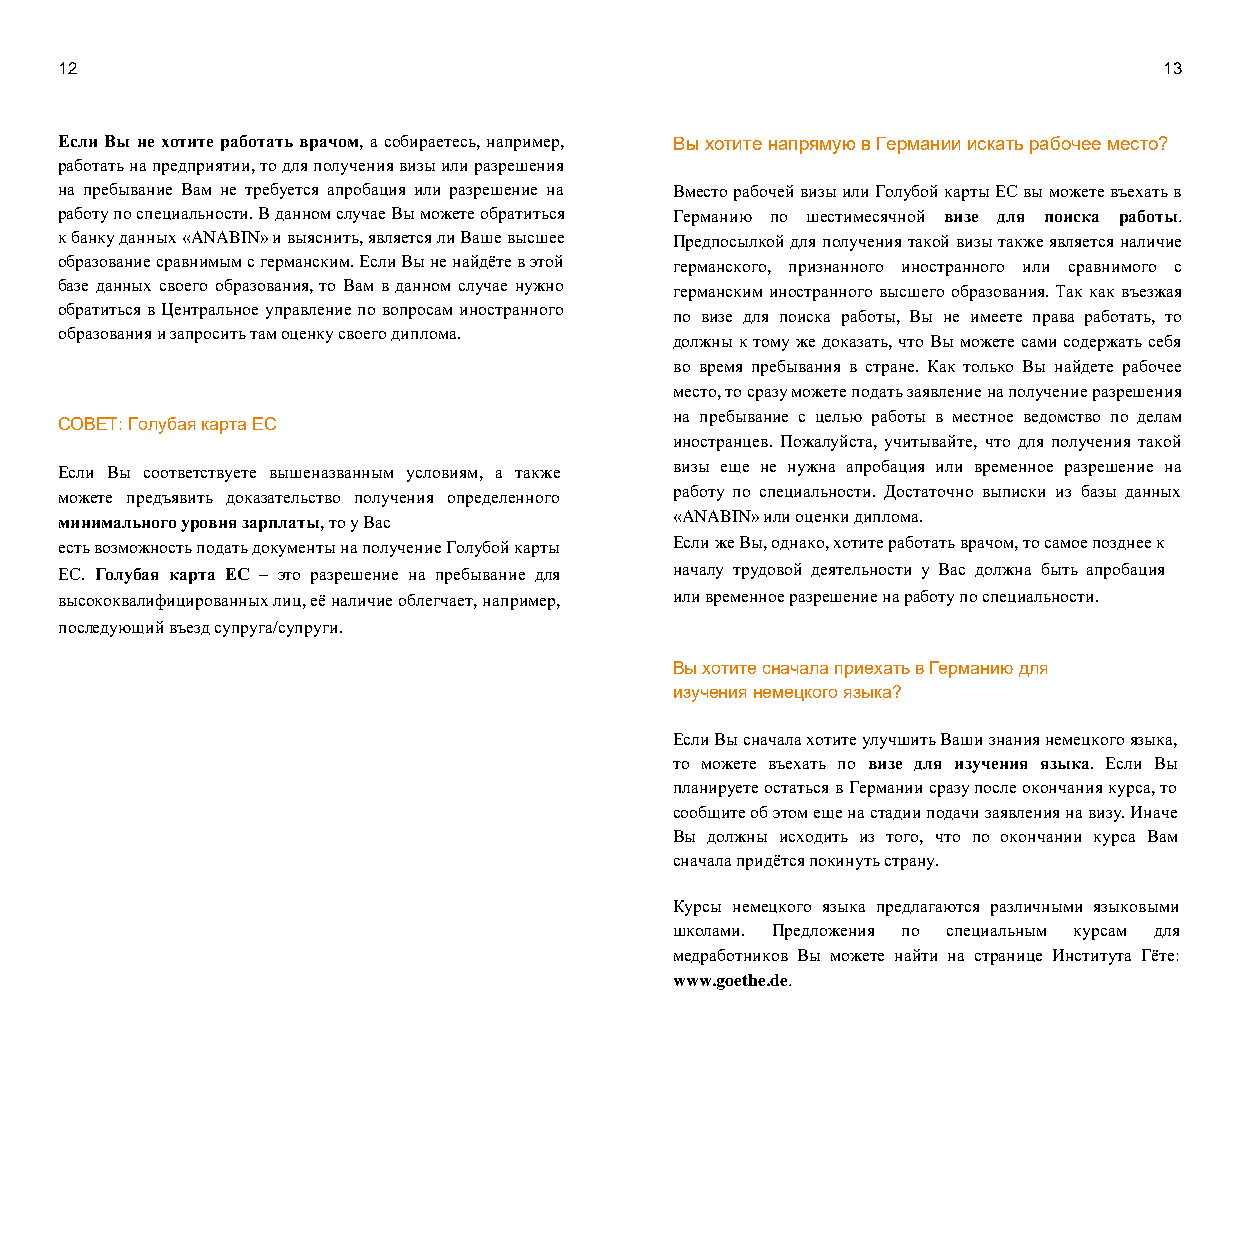
12                                                                       13
 Если Вы не хотите работать врачом, а собираетесь, например, Вы хотите напрямую в Германии искать рабочее место?
 работать на предприятии, то для получения визы или разрешения
 на пребывание Вам не требуется апробация или разрешение на Вместо рабочей визы или Голубой карты ЕС вы можете въехать в
 работу по специальности. В данном случае Вы можете обратиться Германию по шестимесячной визе для поиска работы.
 к банку данных «ANABIN» и выяснить, является ли Ваше высшее Предпосылкой для получения такой визы также является наличие
 образование сравнимым с германским. Если Вы не найдёте в этой германского, признанного иностранного или сравнимого с
 базе данных своего образования, то Вам в данном случае нужно германским иностранного высшего образования. Так как въезжая
 обратиться в Центральное управление по вопросам иностранного
 по визе для поиска работы, Вы не имеете права работать, то
 образования и запросить там оценку своего диплома.
 должны к тому же доказать, что Вы можете сами содержать себя
 во время пребывания в стране. Как только Вы найдете рабочее
 место, то сразу можете подать заявление на получение разрешения
 на пребывание с целью работы в местное ведомство по делам
 СОВЕТ: Голубая карта ЕС
 иностранцев. Пожалуйста, учитывайте, что для получения такой
 Если Вы соответствуете вышеназванным условиям, а также визы еще не нужна апробация или временное разрешение на
 можете предъявить доказательство получения определенного работу по специальности. Достаточно выписки из базы данных
 минимального уровня зарплаты, то у Вас   « ANABIN» или оценки диплома.
 есть возможность подать документы на получение Голубой карты Если же Вы, однако, хотите работать врачом, то самое позднее к
 ЕС. Голубая карта ЕС – это разрешение на пребывание для началу трудовой деятельности у Вас должна быть апробация
 высококвалифицированных лиц, её наличие облегчает, например, или временное разрешение на работу по специальности.
 последующий въезд супруга/супруги.
 Вы хотите сначала приехать в Германию для
 изучения немецкого языка?
 Если Вы сначала хотите улучшить Ваши знания немецкого языка,
 то можете въехать по визе для изучения языка. Если Вы
 планируете остаться в Германии сразу после окончания курса, то
 сообщите об этом еще на стадии подачи заявления на визу. Иначе
 Вы должны исходить из того, что по окончании курса Вам
 сначала придётся покинуть страну.
 Курсы немецкого языка предлагаются различными языковыми
 школами. Предложения по специальным курсам для
 медработников Вы можете найти на странице Института Гёте:
 www.goethe.de.